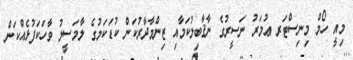
މިއީ ހޯމް މިނިސްޓަރ ޢުމަރު ނަސީރުގެ ނާޤާބިލުކަމާއި ޒިންމާދާރުކަން ކުޑަކަމުގެ ލާމަސީލު ވާހަކަފުޅެއްކަން